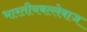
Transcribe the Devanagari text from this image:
भारतीयबल्लेबाज